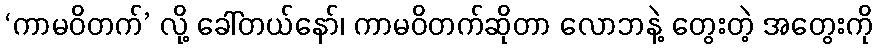
‘ကာမဝိတက်’ လို့ ခေါ်တယ်နော်၊ ကာမဝိတက်ဆိုတာ လောဘနဲ့ တွေးတဲ့ အတွေးကို